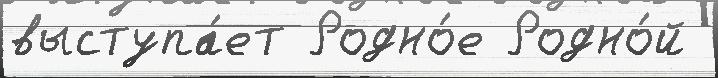
выступа́ет Родно́е Родно́й